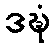
ဒဍ္ဎံ